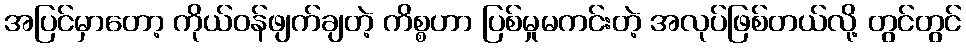
အပြင်မှာတော့ ကိုယ်ဝန်ဖျက်ချတဲ့ ကိစ္စဟာ ပြစ်မှုမကင်းတဲ့ အလုပ်ဖြစ်တယ်လို့ တွင်တွင်